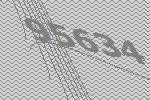
95634